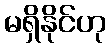
မရှိနိုင်ဟု